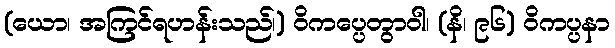
(ယော၊ အကြင်ရဟန်းသည်၊) ဝိကပ္ပေတွာဝါ၊ (နိ၊ ၉၆) ဝိကပ္ပနာ